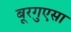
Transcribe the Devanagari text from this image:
बूरगुएसा